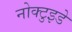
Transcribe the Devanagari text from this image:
नोक्टुइडे